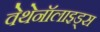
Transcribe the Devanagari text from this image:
वेथेनॉलाइड्स